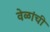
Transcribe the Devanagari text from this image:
वेळांची